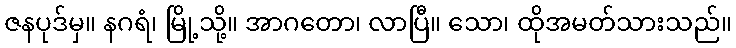
ဇနပုဒ်မှ။ နဂရံ၊ မြို့သို့။ အာဂတော၊ လာပြီ။ သော၊ ထိုအမတ်သားသည်။